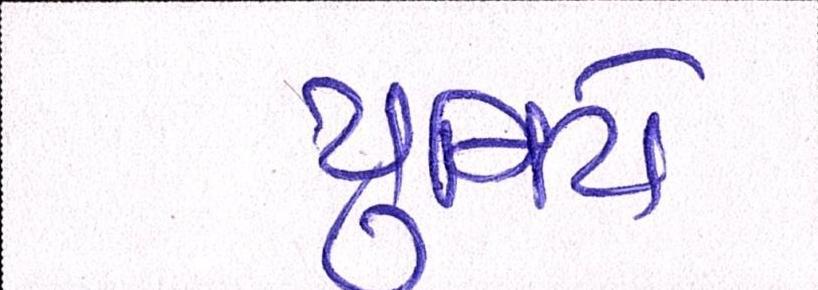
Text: યુનિટો